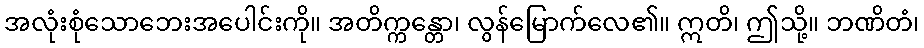
အလုံးစုံသောဘေးအပေါင်းကို။ အတိက္ကန္တော၊ လွန်မြောက်လေ၏။ ဣတိ၊ ဤသို့။ ဘဏိတံ၊